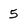
Character: 5